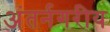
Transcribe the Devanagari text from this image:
अंतर्नगरीय